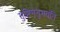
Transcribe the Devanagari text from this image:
मुष्टिमनुभवति